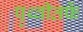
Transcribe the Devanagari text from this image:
पृथ्वीतर्फे